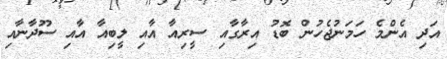
އަދި އެންމެ ހަމަނުޖެހުން ބޮޑު އިރާގާއި ސީރިއާ އާއި ލީބިއާ އާއި ސޫދާނާއި